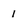
Character: i